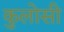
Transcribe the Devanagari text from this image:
कुलोसी